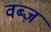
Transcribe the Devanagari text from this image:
वब्ज़